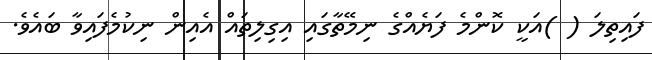
ފައިތިލަ ( )އަކީ ކޮންމެ ފަޔެއްގެ ނިމޭތާގައި އިގިލިތައް އެއިން ނިކުމެފައިވާ ބައެވެ.